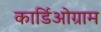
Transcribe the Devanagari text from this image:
कार्डिओग्राम